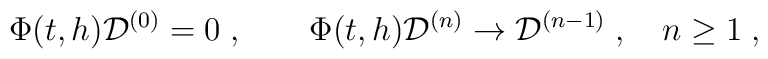
\Phi (t,h){\cal D}^{(0)} = 0 \; , \qquad\Phi (t,h){\cal D}^{(n)} \rightarrow {\cal D}^{(n-1)} \; ,\quad n \geq 1 \; , \nonumber